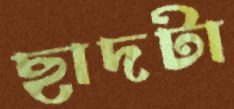
ছাদটা